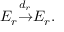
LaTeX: E _ { r } { \overset { d _ { r } } { \to } } E _ { r } .